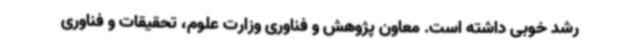
رشد خوبی داشته است. معاون پژوهش و فناوری وزارت علوم، تحقیقات و فناوری